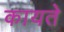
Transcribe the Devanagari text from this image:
कायते